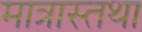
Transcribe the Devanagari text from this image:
मात्रास्तथा